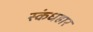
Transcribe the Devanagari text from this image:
स्कंधहार